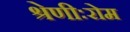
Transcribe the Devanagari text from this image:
श्रेणीःरोम